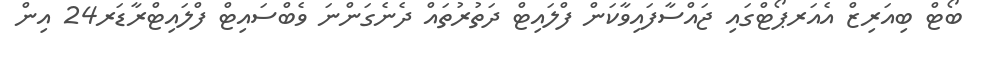
ބޯޓް ބިއަރިޒް އެއަރޕޯޓްގައި ޖައްސާފައިވާކަން ފްލައިޓް ދަތުރުތައް ދެނެގަންނަ ވެބްސައިޓް ފްލައިޓްރާޑަރ24 އިން